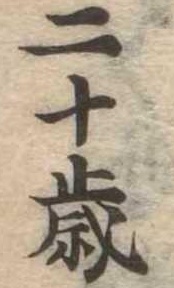
二十歳